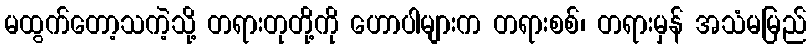
မထွက်တော့သကဲ့သို့ တရားတုတို့ကို ဟောပါများက တရားစစ်၊ တရားမှန် အသံမမြည်